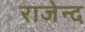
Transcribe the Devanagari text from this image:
राजेन्द